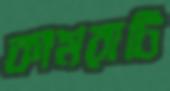
কামরাটি